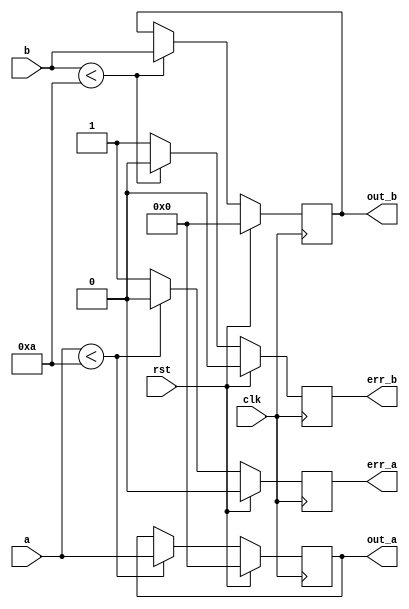
`timescale 1ns / 1ps
//////////////////////////////////////////////////////////////////////////////////
// Company: 
// Engineer: 
// 
// Design Name: 
// Module Name:    input_logic 
// Project Name: 
// Target Devices: 
// Tool versions: 
// Description: 
//
// Dependencies: 
//
// Revision: 
// Revision 0.01 - File Created
// Additional Comments: 
//
//////////////////////////////////////////////////////////////////////////////////
module input_logic(
		input clk,
		input rst,
		input [3:0] a,
		input [3:0] b,
		output reg err_a,
		output reg err_b,
		output reg [3:0] out_a,
		output reg [3:0] out_b
    );
	 
	 always @(posedge clk)
	 if (rst)
	 begin
		err_a <= 0;
		err_b <= 0;
		out_a <= 0;
		out_b <= 0;
	 end
	 else 
	 begin
		if (a < 4'd10)
		begin
			err_a <= 0;
			out_a <= a;
		end
		else
			err_a <= 1;
		if (b < 4'd10)
		begin
			err_b <= 0;
			out_b <= b;
		end
		else 
			err_b <= 1;
		
	 end
		
	

endmodule